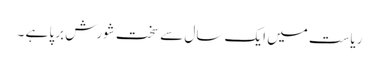
ریاست میں ایک سال سے سخت شورش برپا ہے ۔